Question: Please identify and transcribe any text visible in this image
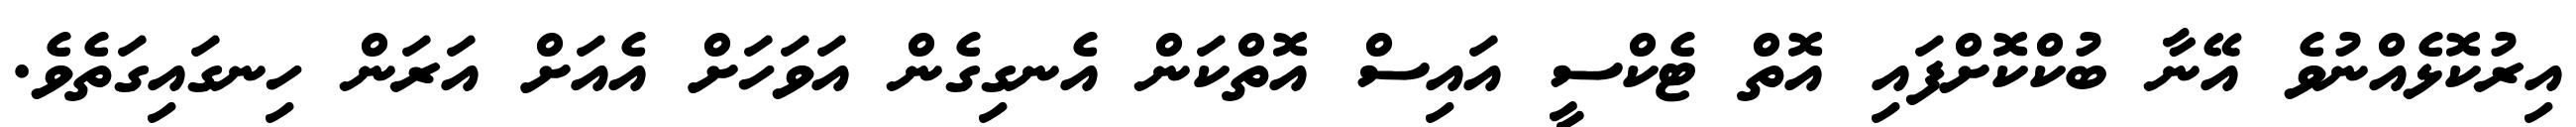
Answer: އިރުކޮޅެއްނުވެ އޭނާ ބުކްކޮށްފައި އޮތް ޓެކްސީ އައިސް އޮތްކަން އެނގިގެން އަވަހަށް އެއަށް އަރަން ހިނގައިގަތެވެ.